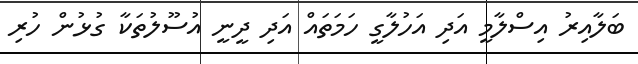
ބަލާއިރު އިސްލާމީ އަދި އަހުލާގީ ހަމަތައް އަދި ދީނީ އުސޫލުތަކާ ގުޅުން ހުރި